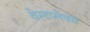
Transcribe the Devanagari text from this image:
वेस्टप्लेक्स